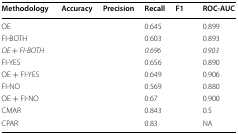
<table><thead><tr><td><b>Methodology</b></td><td><b>Accuracy</b></td><td><b>Precision</b></td><td><b>Recall</b></td><td><b>F1</b></td><td><b>ROC-AUC</b></td></tr></thead><tbody><tr><td>OE</td><td>[EMPTY_CELL]</td><td>[EMPTY_CELL]</td><td>0.645</td><td>[EMPTY_CELL]</td><td>0.899</td></tr><tr><td>FI-BOTH</td><td>[EMPTY_CELL]</td><td>[EMPTY_CELL]</td><td>0.603</td><td>[EMPTY_CELL]</td><td>0.893</td></tr><tr><td><i>OE + FI-BOTH</i></td><td>[EMPTY_CELL]</td><td>[EMPTY_CELL]</td><td><i>0.696</i></td><td>[EMPTY_CELL]</td><td><i>0.903</i></td></tr><tr><td>FI-YES</td><td>[EMPTY_CELL]</td><td>[EMPTY_CELL]</td><td>0.656</td><td>[EMPTY_CELL]</td><td>0.890</td></tr><tr><td>OE + FI-YES</td><td>[EMPTY_CELL]</td><td>[EMPTY_CELL]</td><td>0.649</td><td>[EMPTY_CELL]</td><td>0.906</td></tr><tr><td>FI-NO</td><td>[EMPTY_CELL]</td><td>[EMPTY_CELL]</td><td>0.569</td><td>[EMPTY_CELL]</td><td>0.880</td></tr><tr><td>OE + FI-NO</td><td>[EMPTY_CELL]</td><td>[EMPTY_CELL]</td><td>0.67</td><td>[EMPTY_CELL]</td><td>0.900</td></tr><tr><td>CMAR</td><td>[EMPTY_CELL]</td><td>[EMPTY_CELL]</td><td>0.843</td><td>[EMPTY_CELL]</td><td>0.5</td></tr><tr><td>CPAR</td><td>[EMPTY_CELL]</td><td>[EMPTY_CELL]</td><td>0.83</td><td>[EMPTY_CELL]</td><td>NA</td></tr></tbody></table>